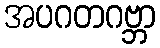
အပဂတဂဗ္ဘာ